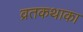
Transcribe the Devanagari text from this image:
व्रतकथाका